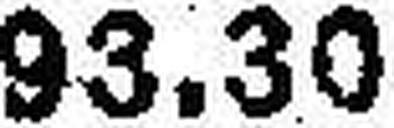
93.30